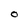
Character: O